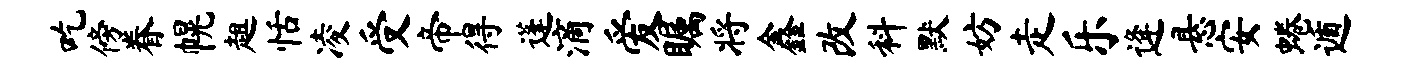
吃傍眷幌趄恬凌受帝得蓬滴爱瞩将鑫改料默妨走乐逄悬安蜷遁